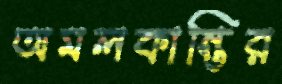
অমলকান্তির